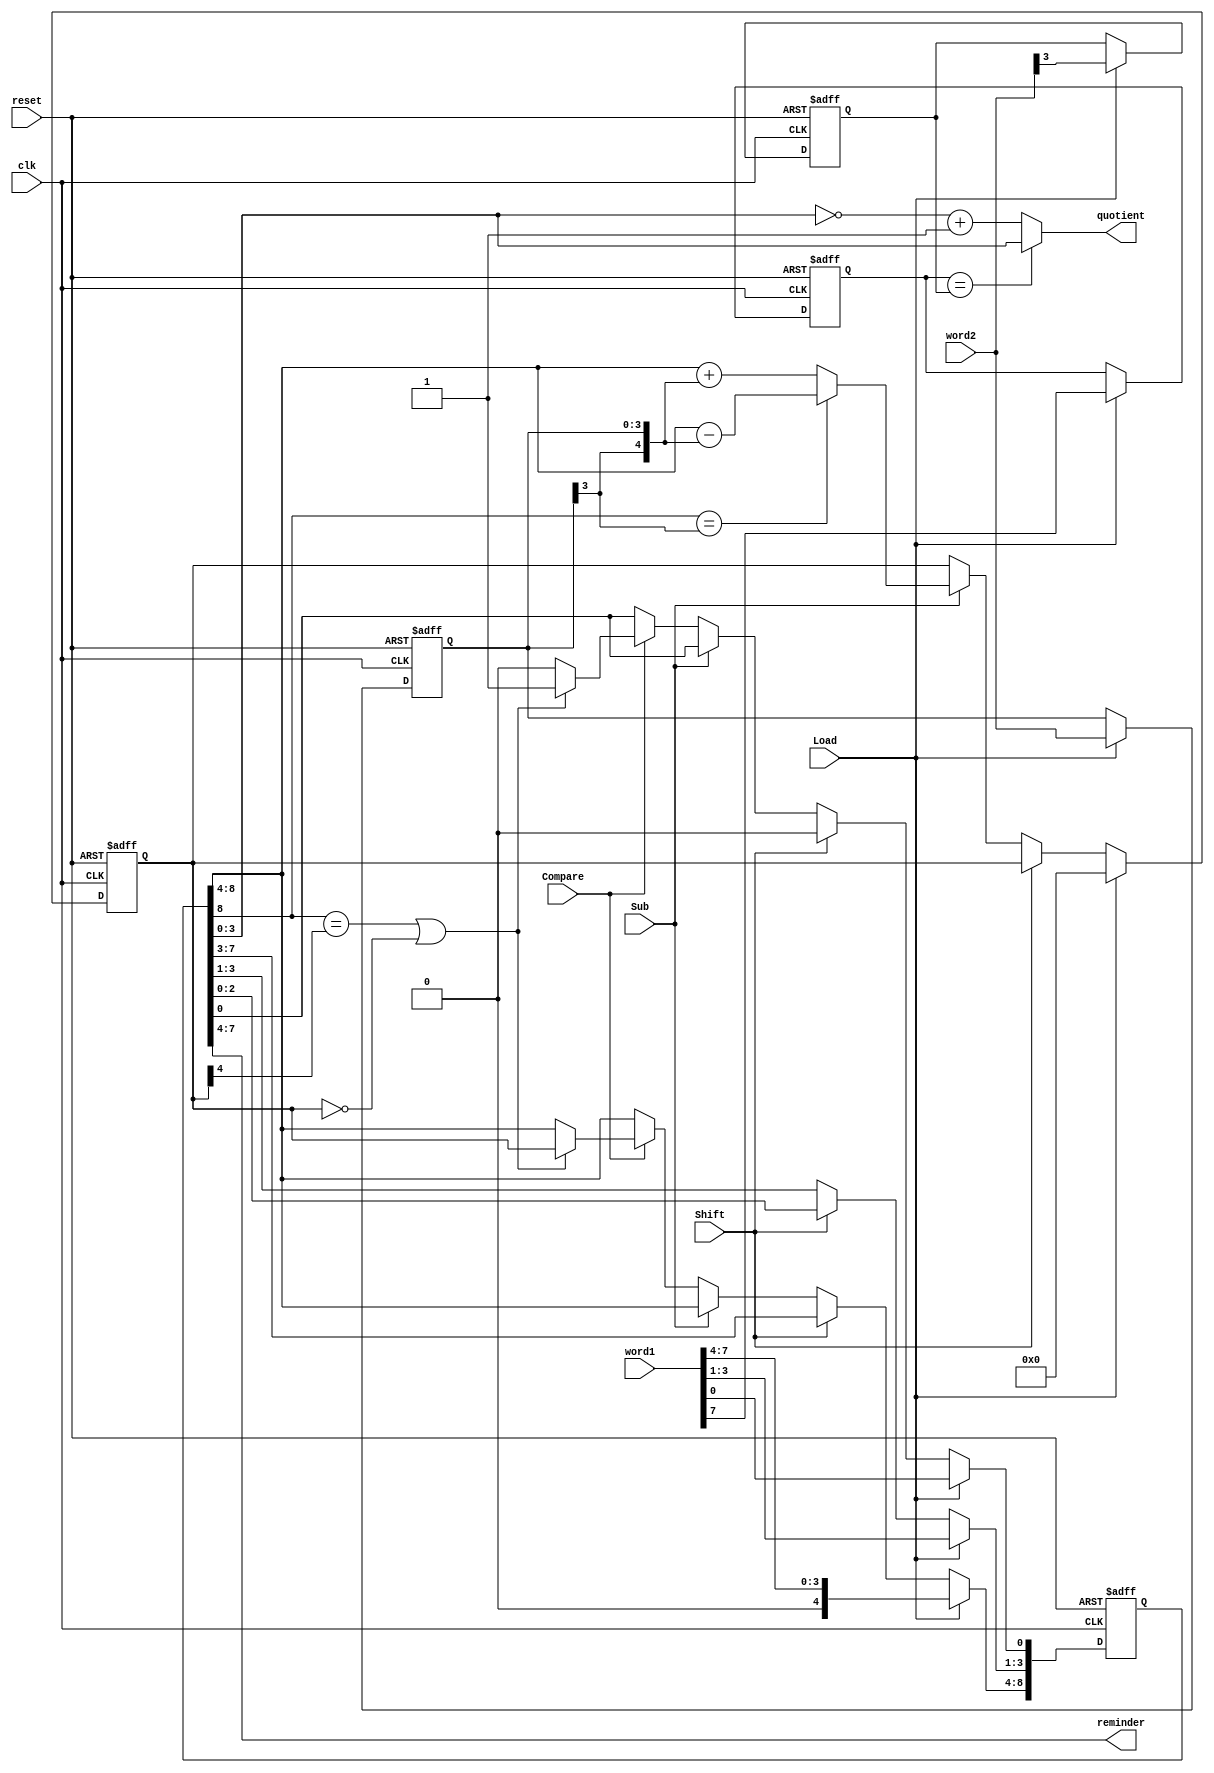
module hw9_sdivdp (quotient, reminder, word1, word2, Load, Shift, Sub, Compare, reset, clk);
	output [3:0] quotient, reminder;
	input [7:0] word1;
	input [3:0] word2;
	input Load, Shift, Sub, Compare, reset, clk;
	reg [8:0] dividend;
	reg [4:0] diff;
	reg [3:0] divisor;
	reg sign1, sign2;
	
	assign quotient = (sign1==sign2) ? dividend[3:0] : (~dividend[3:0] + 1'b1);
	assign reminder = dividend[7:4];
	
	always @ (posedge clk or posedge reset) begin
		if (reset) begin
			dividend <= 0; divisor <= 0; diff <= 0; sign1 <= 0; sign2 <= 0;
		end else if (Load) begin
			dividend <= word1; divisor <= word2; diff <= 0;
			sign1 <= word1[7]; sign2 <= word2[3];
		end else if (Shift) begin
			dividend <= dividend << 1;
		end else if (Sub) begin
			if (dividend[8] == divisor[3]) diff <= dividend[8:4] - {divisor[3], divisor};
			else diff <= dividend[8:4] + {divisor[3], divisor};
		end else if (Compare) begin
			if (dividend[8] == diff[4] || diff==0) begin
				dividend[0] <= 1;
				dividend[8:4] <= diff;
			end
			else dividend[0] <= 0;
		end
	end
endmodule